Vaccination in Bombay 1902-1912 - 1902-1912
Year: 1902
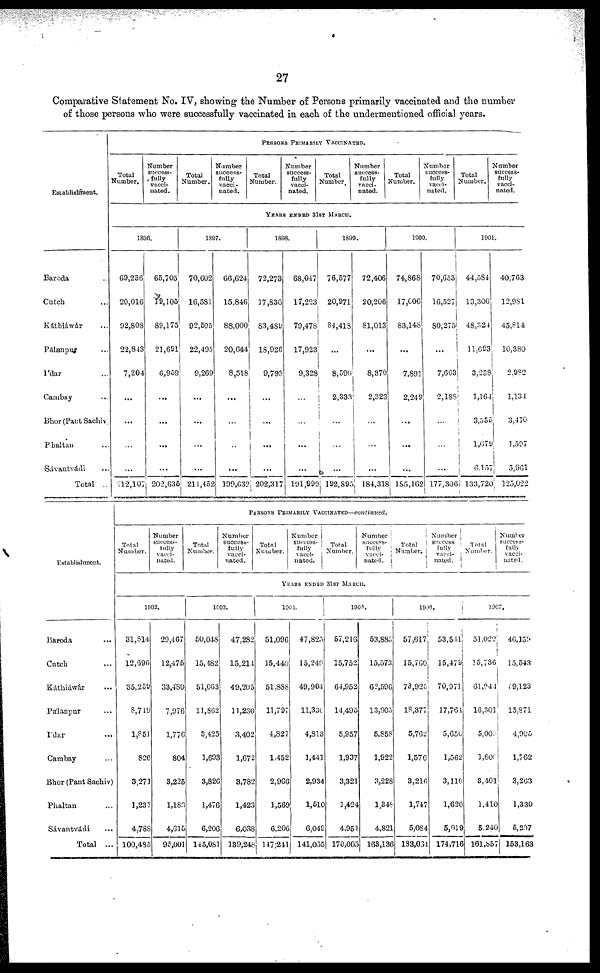
27
Comparative Statement No. IV, showing the Number of Persons primarily vaccinated and the number
of those persons who were successfully vaccinated in each of the undermentioned official years.
Establishment.
Baroda ...
Cutch ...
Káthiáwár ...
Pálanpur ...
I'dar ...
Cambay ...
Bhor (Pant Sachiv)
Phaltan ...
Sávantvádi ...
Total ...
PERSONS PRIMARILY VACCINATED.
Total
Number.
Number
success-
fully
vacci-
nated.
Total
Number.
Number
success-
fully
vacci-
nated.
Total
Number.
Number
success-
fully
vacci-
nated.
Total
Number.
Number
success-
fully
vacci-
nated.
Total
Number.
Number
success-
fully
vacci-
nated.
Total
Number.
Number
success-
fully
vacci-
nated.
YEARS ENDED 31ST MARCH.
1896.
69,236
20,016
92,808
22,843
7,204
...
...
...
...
212,107
65,705
19,105
89,175
21,691
6,959
...
...
...
...
202,635
1897.
70,602
16,581
92,505
22,495
9,269
...
...
...
...
211,452
66,624
15,846
88,000
20,644
8,518
...
...
...
...
199,632
1898.
72,273
17,836
83,489
18,926
9,793
...
...
...
...
202,317
68,047
17,223
79,478
17,923
9,328
...
...
...
...
191,999
1899.
76,577
20,971
84,418
...
8,596
2,333
...
...
...
192,893
72,406
20,206
81,013
...
8,370
2,323
...
...
...
184,318
1900.
74,868
17,006
83,148
...
7,891
2,249
...
...
...
185,162
70,653
16,527
80,275
...
7,663
2,188
...
...
...
177,306
1901.
44,584
13,306
48,324
11,693
3,258
1,164
3,556
1,670
6,157
133,720
40,763
12,981
45,814
10,380
2,982
1,134
3,410
1,597
5,961
125,022
Establishment.
Baroda ...
Cutch ...
Káthiáwár ...
Pálanpur ...
I'dar ...
Cambay ...
Bhor (Pant Sachiv)
Phaltan ...
Sávantvádi ...
Total ...
PERSONS PRIMARILY VACCINATED—continued.
Total
Number.
Number
success-
fully
vacci-
nated.
Total
Number.
Number
success-
fully
vacci-
nated.
Total
Number.
Number
success-
fully
vacci-
nated.
Total
Number.
Number
success-
fully
vacci-
nated.
Total
Number.
Number
success-
fully
vacci-
nated.
Total
Number.
Number
success-
fully
vacci-
nated.
YEARS ENDED 31ST MARCH.
1902.
31,814
12,696
35,259
8,749
1,851
826
3,271
1,231
4,788
100,485
29,467
12,475
33,480
7,976
1,776
804
3,225
1,183
4,615
95,001
1903.
50,048
15,482
51,063
11,862
3,425
1,693
3,826
1,476
6,206
145,081
47,282
15,214
49,205
11,230
3,402
1,672
3,782
1,423
6,038
139,248
1904.
51,096
15,440
61,888
11,797
4,827
1,452
2,966
1,569
6,206
147,241
47,825
15,249
49,904
11,330
4,813
1,441
2,934
1,510
6,049
141,055
1905.
57,216
15,752
64,952
14,495
5,957
1,937
3,321
1,424
4,951
170,005
53,885
15,573
62,596
13,905
5,858
1,922
3,228
1,348
4,821
163,136
1906.
57,617
15,760
73,920
18,377
5,762
1,576
3,216
1,747
5,084
183,034
53,541
15,479
70,971
17,761
5,650
1,562
3,110
1,620
5,019
174,716
1907.
51,022
15,736
61,944
16,301
5,003
1,806
3,401
1,410
5,240
161,857
46,159
15,543
19,123
15,871
4,905
1,762
3,263
1,330
5,207
153,163